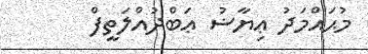
މުޙައްމަދު ޢިޔާޟު ޢަބްދުއްލަތީފް